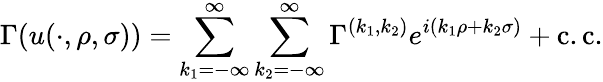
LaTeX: \Gamma(u(\cdot,\rho,\sigma))=\sum_{k_{1}=-\infty}^{\infty}\sum_{k_{2}=-\infty}^{\infty}\Gamma^{(k_{1},k_{2})}e^{i(k_{1}\rho+k_{2}\sigma)}+\mathrm{c.c.}